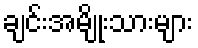
ချင်းအမျိုးသားများ